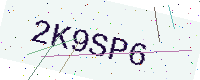
Text: 2K9SP6